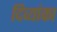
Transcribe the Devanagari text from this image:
दिव्यांका